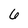
Character: 6